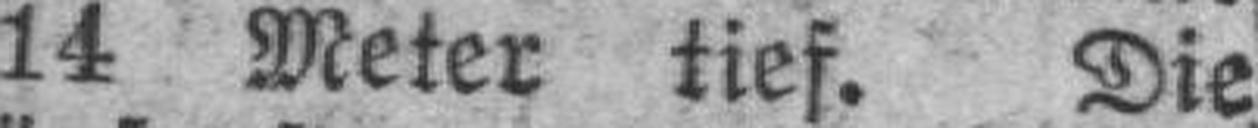
14 Meter tief. Die